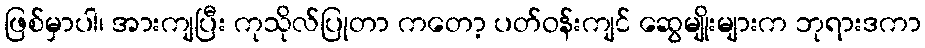
ဖြစ်မှာပါ၊ အားကျပြီး ကုသိုလ်ပြုတာ ကတော့ ပတ်ဝန်းကျင် ဆွေမျိုးများက ဘုရားဒကာ